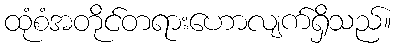
ထုံစံအတိုင်တရားဟောလျက်ရှိသည်။